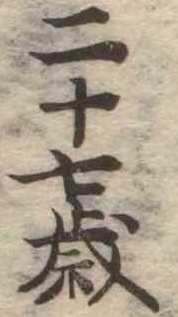
二十七歳